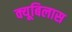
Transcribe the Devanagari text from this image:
क्यूबिलास